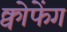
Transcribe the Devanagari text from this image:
क्वोफेंग